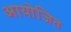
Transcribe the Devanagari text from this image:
आयोजित